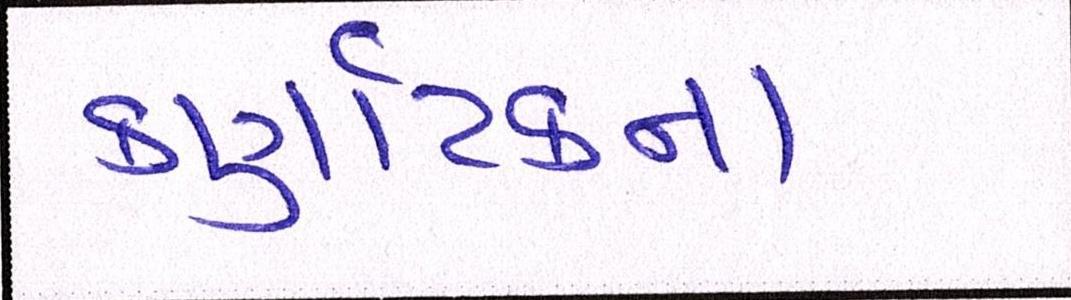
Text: કર્ણાટકના